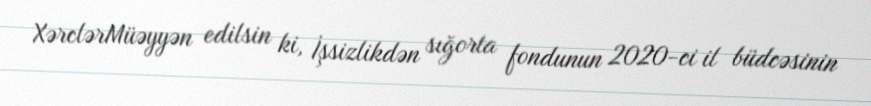
XərclərMüəyyən edilsin ki, İşsizlikdən sığorta fondunun 2020-ci il büdcəsinin